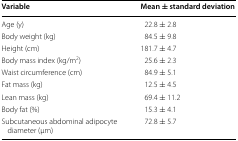
<table><thead><tr><td><b>Variable</b></td><td><b>Mean ± standard deviation</b></td></tr></thead><tbody><tr><td>Age (y)</td><td>22.8 ± 2.8</td></tr><tr><td>Body weight (kg)</td><td>84.5 ± 9.8</td></tr><tr><td>Height (cm)</td><td>181.7 ± 4.7</td></tr><tr><td>Body mass index (kg/m<sup>2</sup>)</td><td>25.6 ± 2.3</td></tr><tr><td>Waist circumference (cm)</td><td>84.9 ± 5.1</td></tr><tr><td>Fat mass (kg)</td><td>12.5 ± 4.5</td></tr><tr><td>Lean mass (kg)</td><td>69.4 ± 11.2</td></tr><tr><td>Body fat (%)</td><td>15.3 ± 4.1</td></tr><tr><td>Subcutaneous abdominal adipocyte diameter (μm)</td><td>72.8 ± 5.7</td></tr></tbody></table>